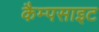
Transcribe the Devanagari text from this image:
कैम्पसाइट